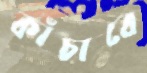
কাঁচাবে